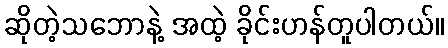
ဆိုတဲ့သဘောနဲ့ အထဲ့ ခိုင်းဟန်တူပါတယ်။